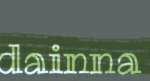
dainna